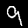
Digit: 9